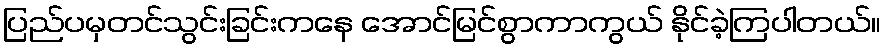
ပြည်ပမှတင်သွင်းခြင်းကနေ အောင်မြင်စွာကာကွယ် နိုင်ခဲ့ကြပါတယ်။